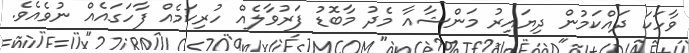
ވާހަކަ ދައްކަމުން ދިޔައިރު މަންޝާއާ މެދު މާބޮޑު ފަރުވާލެއް ހުރިކަމެއް ފާހަގައެއް ނުވެއެވެ.